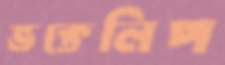
ভক্তেলিপ